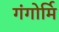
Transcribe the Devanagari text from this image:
गंगोर्मि